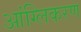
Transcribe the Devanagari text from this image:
आंग्लिकरण